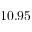
1 0 . 9 5